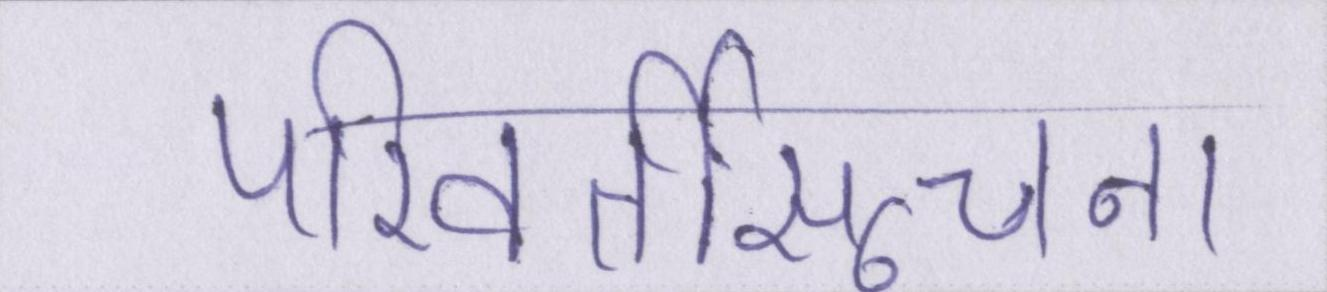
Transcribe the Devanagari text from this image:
परिवर्तीसूचना